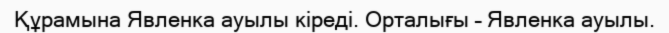
Құрамына Явленка ауылы кіреді. Орталығы – Явленка ауылы.